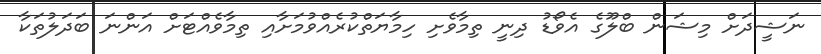
ނަޝީދަށް މިޝަން ބްލޫގެ އެވޯޑު ދިނީ ތިމާވެށި ހިމާޔަތްކުރެއްވުމަށާއި ތިމާވެއްޓަށް އަންނަ ބަދަލުތަކާ